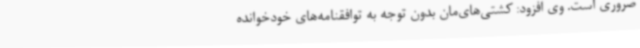
ضروری است. وی افزود: کشتی‌های‌مان بدون توجه به توافقنامه‌های خودخوانده